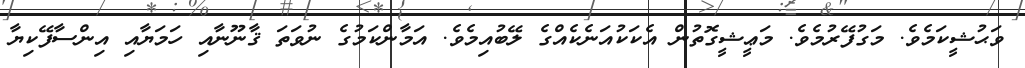
ވަޙުޝީކަމެވެ. މަގުފޭރުމެވެ. މަޢީޝީގޮތުން އެކަކުއަނެކެއްގެ ލޭބުއިމެވެ. އަމާންކަމުގެ ނުވަތަ ޤާނޫނާއި ހަމަޔާއި އިންސާފޭކިޔާ